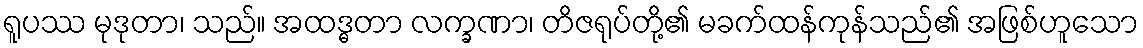
ရူပဿ မုဒုတာ၊ သည်။ အထဒ္ဓတာ လက္ခဏာ၊ တိဇရုပ်တို့၏ မခက်ထန်ကုန်သည်၏ အဖြစ်ဟူသော